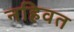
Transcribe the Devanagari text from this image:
नहिवत